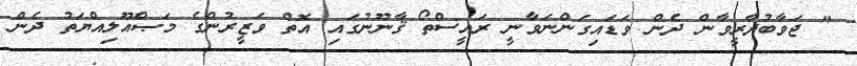
" ޖަވާބުދާރީވާން ދެން ވަޑައިގަންނަވާނީ ރައީސްތޯ ޤާނޫނުގައި އޮތް ވަޒީރުންގެ މަޞްއޫލިއްޔަތު ދެން